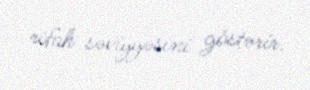
rifah səviyyəsini göstərir.